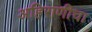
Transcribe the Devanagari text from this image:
अहिराणीचा